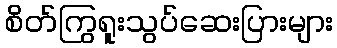
စိတ်ကြွရူးသွပ်ဆေးပြားများ